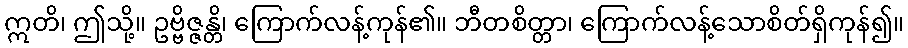
ဣတိ၊ ဤသို့။ ဥဗ္ဗိဇ္ဇန္တိ၊ ကြောက်လန့်ကုန်၏။ ဘီတစိတ္တာ၊ ကြောက်လန့်သောစိတ်ရှိကုန်၍။